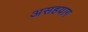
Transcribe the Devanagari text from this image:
असहयाग